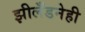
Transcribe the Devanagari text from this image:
झीलँडनेही